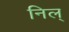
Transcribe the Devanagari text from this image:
निल्